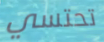
تحتسي